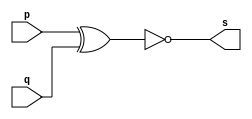
// --------------------- 
// Exemplo0008 - xnor 
// Nome: Ana Cristina Pereira Teixeira
// 03. Construir a tabela_verdade para a porta XNOR com 2 entradas.
// Obs.: Usar operador ( ~(a^b) ) na definio do mdulo.
// ---------------------

// --------------------- 
// -- xnor gate 
// --------------------- 
module xnorgate (output s, input p, input q);
	assign s = ~(p ^ q); // vinculo permanente
endmodule // xnor

// --------------------- 
// -- test xnorgate 
// --------------------- 
module testxnorgate; 
// ------------------------- dados locais 
	reg a, b; // definir registrador 
	wire s; // definir conexao (fio) 
// ------------------------- instancia 
	xnorgate XNOR1 (s, a, b);
// ------------------------- preparacao
	initial begin:start
		a = 0;
		b = 0;
	end
// ------------------------- parte principal
	initial begin:main
		$display("Exemplo0008 - Exercicio0003 - Ana Cristina Pereira Teixeira - 427385");
		$display("Test xnor gate");
		$display("\n ~(a ^ b) = s\n");
		$monitor("~(%b ^ %b) = %b", a, b, s);
		#1 a = 0; b = 0;
		#1 a = 0; b = 1;
		#1 a = 1; b = 0;
		#1 a = 1; b = 1;
	end
endmodule // testxnorgate
// previsao de testes
// ~(a ^ b) 
// ~(0 ^ 0) = ~(0) = 1
// ~(0 ^ 1) = ~(1) = 0
// ~(1 ^ 0) = ~(1) = 0
// ~(1 ^ 1) = ~(0) = 1
// conclusao nandgate funcionou corretamente como o esperado